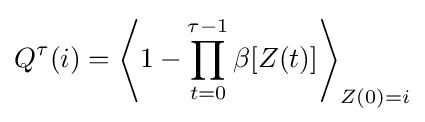
Q^{\tau }(i)=\left\langle 1-\prod _{t=0}^{\tau -1}\beta [Z(t)]\right\rangle _{Z(0)=i}